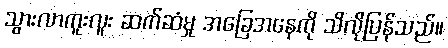
သွားလာကူးလူး ဆက်ဆံမှု အခြေအနေကို သိလိုပြန်သည်။